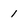
Character: 1